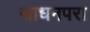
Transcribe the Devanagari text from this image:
साधनपरा